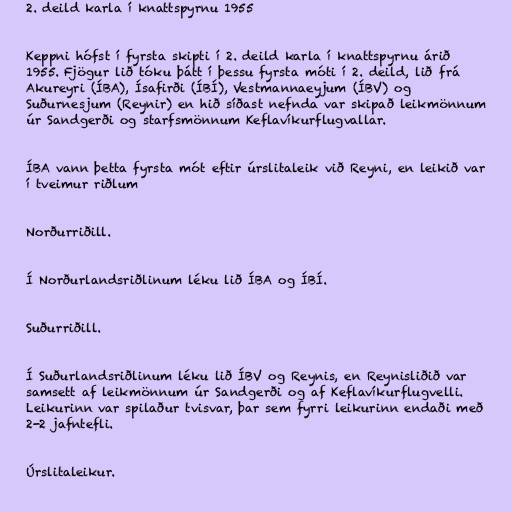
2. deild karla í knattspyrnu 1955

Keppni hófst í fyrsta skipti í 2. deild karla í knattspyrnu árið
1955. Fjögur lið tóku þátt í þessu fyrsta móti í 2. deild, lið frá
Akureyri (ÍBA), Ísafirði (ÍBÍ), Vestmannaeyjum (ÍBV) og
Suðurnesjum (Reynir) en hið síðast nefnda var skipað leikmönnum
úr Sandgerði og starfsmönnum Keflavíkurflugvallar.

ÍBA vann þetta fyrsta mót eftir úrslitaleik við Reyni, en leikið var
í tveimur riðlum

Norðurriðill.

Í Norðurlandsriðlinum léku lið ÍBA og ÍBÍ.

Suðurriðill.

Í Suðurlandsriðlinum léku lið ÍBV og Reynis, en Reynisliðið var
samsett af leikmönnum úr Sandgerði og af Keflavíkurflugvelli.
Leikurinn var spilaður tvisvar, þar sem fyrri leikurinn endaði með
2-2 jafntefli.

Úrslitaleikur.